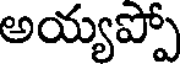
అయ్యప్పో